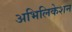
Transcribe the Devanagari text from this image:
अभिलिकेशन